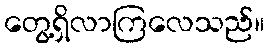
တွေ့ရှိလာကြလေသည်။